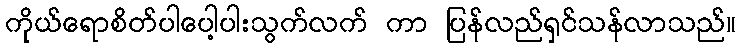
ကိုယ်ရောစိတ်ပါပေါ့ပါးသွက်လက် ကာ ပြန်လည်ရှင်သန်လာသည်။